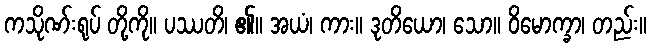
ကသိုဏ်းရုပ် တို့ကို။ ပဿတိ၊ ၏။ အယံ၊ ကား။ ဒုတိယော၊ သော။ ဝိမောက္ခာ၊ တည်း။